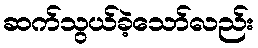
ဆက်သွယ်ခဲ့သော်လည်း